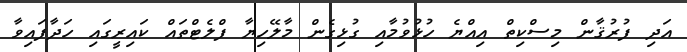
އަދި ފުރުޤާން މިސްކިތް އިއްޔެ ހުޅުވުމާއި ގުޅިގެން މާލޭހިޔާ ފްލެޓްތައް ކައިރީގައި ހަދާފައިވާ